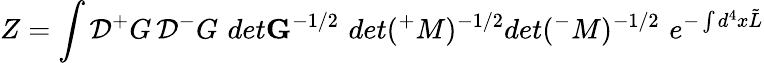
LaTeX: Z=\int{\cal D}{^+}G\, {\cal D}{^-}G\, \, det{\mathbf G}^{-1/2}\, \, det({^+}M)^{-1/2}det({^-}M)^{-1/2}\, \, e^{-\int d^{4}x\tilde{L}}